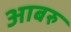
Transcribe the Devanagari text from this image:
आबरु